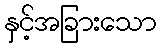
နှင့်အခြားသော